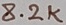
Text: 8.2K